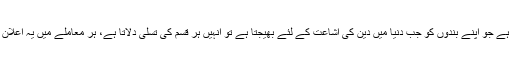
یہ زمین و آسمان کا وہ مالک خدا ہے جو اپنے بندوں کو جب دنیا میں دین کی اشاعت کے لئے بھیجتا ہے تو انہیں ہر قسم کی تسلی دلاتا ہے، ہر معاملے میں یہ اعلان کرتا ہے کہ اَلَیْسَ اللّٰہُ بِکَافٍ عَبْدَہٗ۔